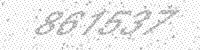
Solution: 861537